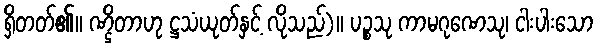
ရှိတတ်၏။ ဏ္ဌိတာဟု ဋ္ဌသံယုတ်နှင့် လိုသည်)။ ပဉ္စသု ကာမဂုဏေသု၊ ငါးပါးသော